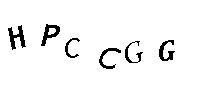
HPCCGG